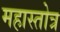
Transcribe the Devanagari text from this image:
महास्तोत्र